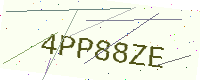
Text: 4PP88ZE